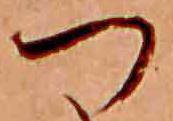
つ